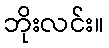
ဘိုးလင်း။